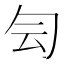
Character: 𠣓